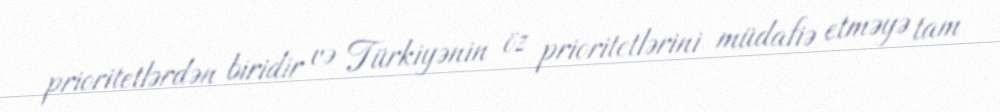
prioritetlərdən biridir və Türkiyənin öz prioritetlərini müdafiə etməyə tam